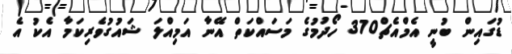
ޑުގައިން ބުނީ އެމްއެޗް370 ހޯދުމުގެ މަސައްކަތް އޭނާ އަމިއްލަ ޝައުގުވެރިކަމާ އެކު އެ